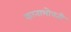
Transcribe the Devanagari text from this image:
कानाभोवती